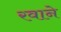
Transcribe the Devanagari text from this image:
रवाने